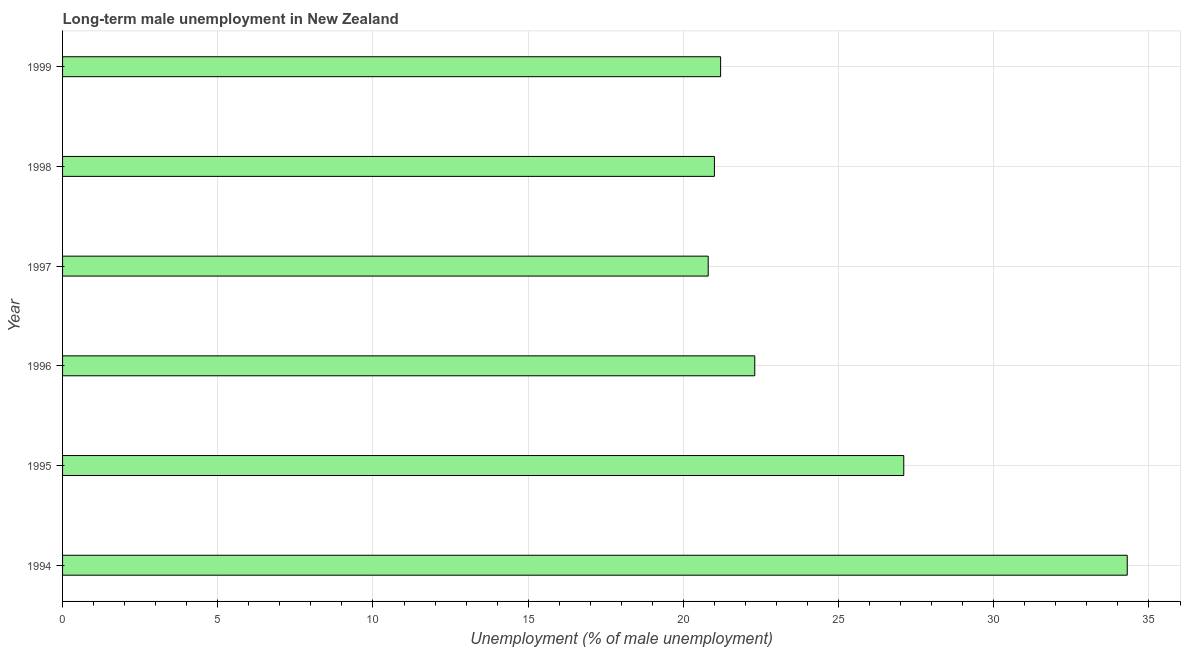
| Year | Long-term unemployment male |
 | --- | --- |
 | 1994 | 34.3 |
 | 1995 | 27.1 |
 | 1996 | 22.3 |
 | 1997 | 20.8 |
 | 1998 | 21 |
 | 1999 | 21.2 |